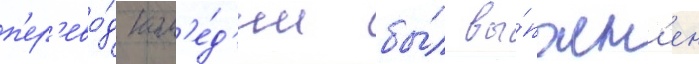
п'ер'ево́д ком'е́д'ии бы́л вы́полн'ен